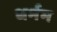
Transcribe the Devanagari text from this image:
धर्मम